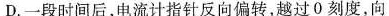
D.一段时间后，电流计指针反向偏转，越过0刻度，向